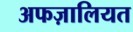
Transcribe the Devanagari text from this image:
अफज़ालियत